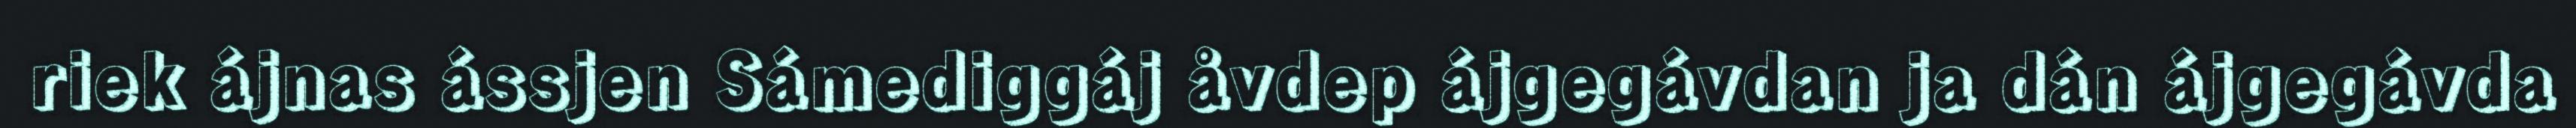
riek ájnas ássjen Sámediggáj åvdep ájgegávdan ja dán ájgegávda